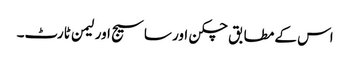
اس کے مطابق چکن اور ساسیج اور لیمن ٹارٹ۔